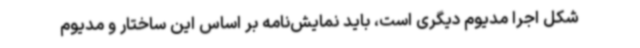
شکل اجرا مدیوم دیگری است، باید نمایش‌نامه بر اساس این ساختار و مدیوم